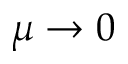
\mu \to 0